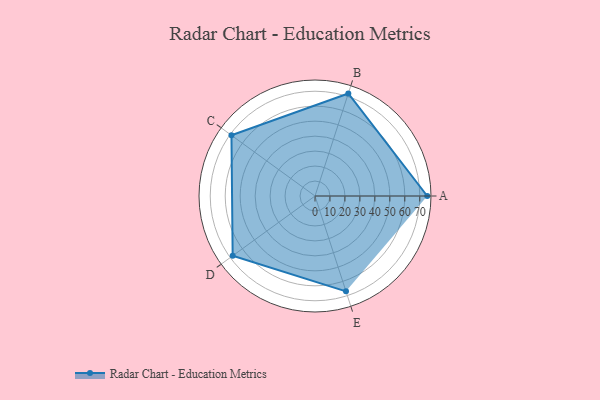
{"axis": {"x": "Skill", "y": "Score"}, "legend": ["Profile"], "data": [{"x": "A", "y": 75.0, "type": "Profile"}, {"x": "B", "y": 72.0, "type": "Profile"}, {"x": "C", "y": 69.0, "type": "Profile"}, {"x": "D", "y": 68.0, "type": "Profile"}, {"x": "E", "y": 67.0, "type": "Profile"}]}